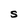
Character: S